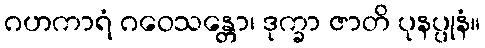
ဂဟကာရံ ဂဝေသန္တော၊ ဒုက္ခာ ဇာတိ ပုနပ္ပုနံ။